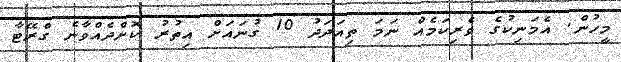
މީހުން. އެމަނިކުގެ ވެރިކަމެއް ނަމަ ތިއަދަދު 10 ގުނައަށް އިތުރު ކޮށްދެއްވާނެ ގްރޭޓާ